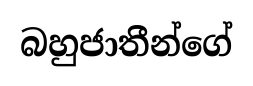
බහුජාතීන්ගේ